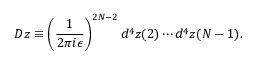
{ \cal D } z \equiv \left( { \frac { 1 } { 2 \pi i \epsilon } } \right) ^ { 2 N - 2 } d ^ { 4 } z ( 2 ) \cdots d ^ { 4 } z ( N - 1 ) .